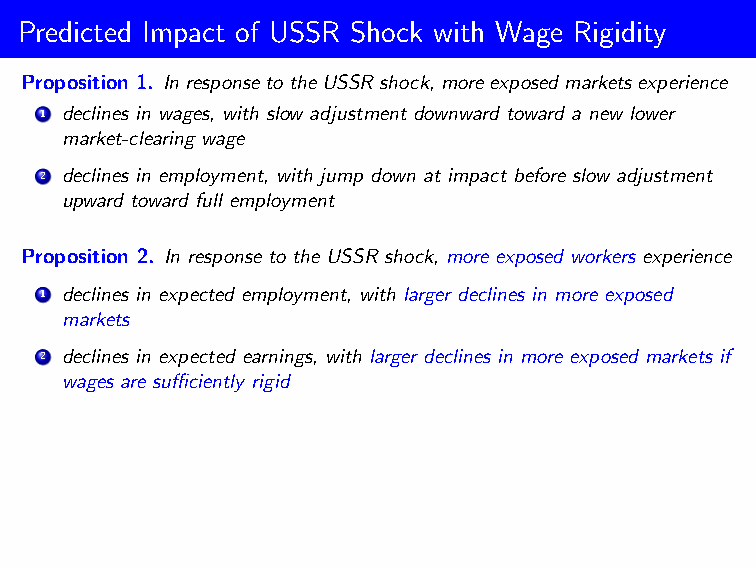
Predicted Impact of USSR Shock with Wage Rigidity
 Proposition 1. InresponsetotheUSSRshock, moreexposedmarketsexperience
 1 declines in wages, with slow adjustment downward toward a new lower
 market-clearing wage
 2 declines in employment, with jump down at impact before slow adjustment
 upward toward full employment
 Proposition 2. In response to the USSR shock, more exposed workers experience
 1 declines in expected employment, with larger declines in more exposed
 markets
 2 declines in expected earnings, with larger declines in more exposed markets if
 wages are sufficiently rigid